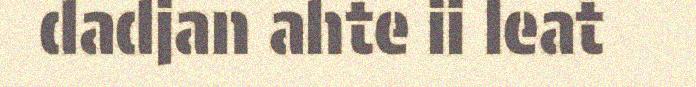
dadjan ahte ii leat